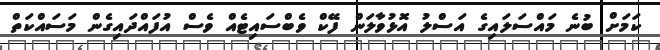
ކަމަށް ބުނެ މައްސަލައިގެ އަސްލު އޮޅުވާލަން ފޭކް ވެބްސައިޓެއް ވެސް އުފައްދައިގެން މަސައްކަތް